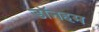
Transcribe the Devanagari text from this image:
डॉनहम